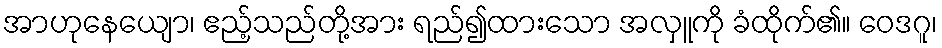
အာဟုနေယျော၊ ဧည့်သည်တို့အား ရည်၍ထားသော အလှူကို ခံထိုက်၏။ ဝေဒဂူ၊